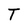
Character: T